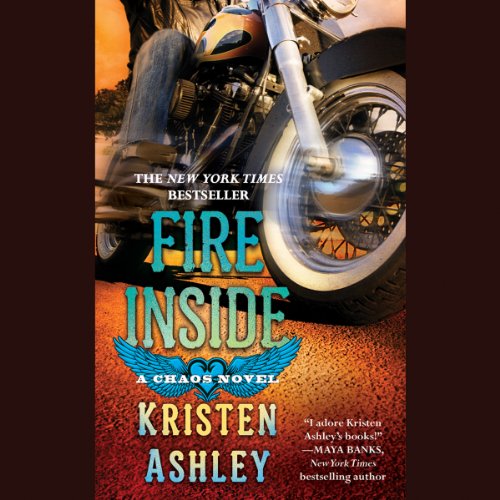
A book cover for Fire Inside: A Chaos Novel; Kristen Ashley; Romance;